system: You are a helpful assistant.
user:
Analyze the provided spectrum to determine if it is a **"Cataclysmic Variables (CV)"**.

- **Key Indicators for CV (Check for either state):**
    - **State 1: Quiescent / Low-State (Emission-Dominated)**
        - **(Primary):** Strong and *very broad* Hydrogen Balmer emission lines (e.g., $H\alpha$ at 6563 Å, $H\beta$ at 4861 Å). The 'broadness' (high velocity dispersion, often FWHM > 1000 km/s) is the key diagnostic, indicating a high-velocity accretion disk.
        - **(Secondary):** Broad neutral Helium (He I) emission lines (e.g., 5876 Å, 6678 Å).
        - **(Key Confirmation):** Presence of high-excitation *ionized* Helium (He II) emission at 4686 Å. This is a strong indicator of accretion onto a white dwarf.
        - **(Line Profile):** Emission lines may exhibit a 'double-peaked' profile, which is a classic signature of a rotating accretion disk viewed at high inclination.

    - **State 2: Outburst / High-State (Absorption-Dominated)**
        - **(Primary):** Spectrum is dominated by a bright, blue continuum (looks like a hot star).
        - **(Secondary):** The emission lines from State 1 are weak, absent, or 'filled in', and are replaced by broad, shallow *absorption* lines (primarily Balmer and He I).
        - **(Morphology):** The overall spectrum mimics a hot B/A-type star. The crucial difference is that the absorption lines are significantly broader, shallower, and more 'washed-out' (or 'smeared') than the sharp lines of a normal stellar photosphere, due to high rotational speeds and pressure broadening in the disk.

Think first, call **spectral_visualization_tool** if needed to examine features in detail, then provide your final answer. Your response must adhere to the following strict rules:
1.  **Overall Structure:** Your response must follow the format `<think>...</think> <tool_call>...</tool_call> (if a tool is used) <answer>...</answer>`.
2.  **Tool Usage Constraint:** You may only make **one** tool call per turn.
3.  **Final Answer Format:** In the `<answer>` tag, your conclusion must be inside a `\boxed{}` command (e.g., `\boxed{YES}`), followed by your justification.

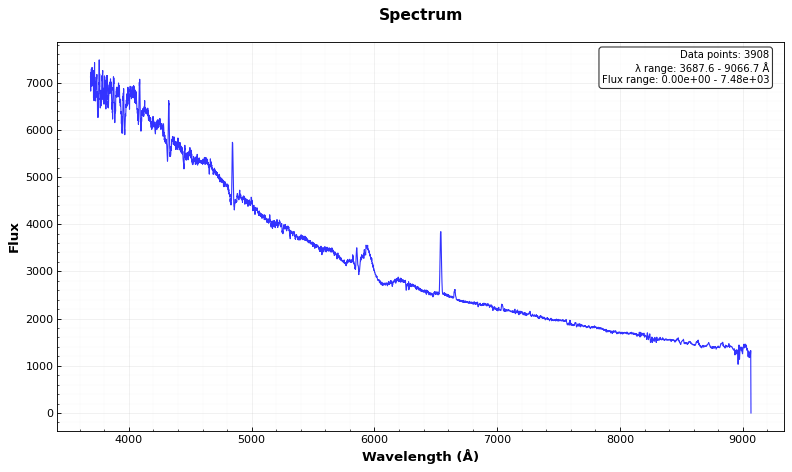
Answer: YES